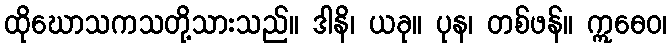
ထိုဃောသကသတို့သားသည်။ ဒါနိ၊ ယခု။ ပုန၊ တစ်ဖန်။ ဣဓေဝ၊